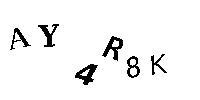
AY4R8K